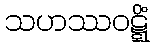
သဟဿဝဋ္ဋိံ